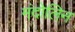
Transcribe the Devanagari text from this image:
मंदोलिन